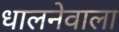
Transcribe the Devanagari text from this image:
धालनेवाला